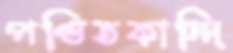
পণ্ডিতকান্দি